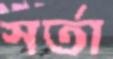
সর্তা